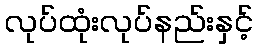
လုပ်ထုံးလုပ်နည်းနှင့်